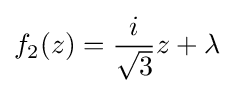
f_{2}(z)={\frac {i}{\sqrt {3}}}z+\lambda